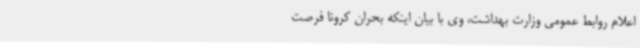
اعلام روابط عمومی وزارت بهداشت، وی با بیان اینکه بحران کرونا فرصت